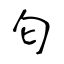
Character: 匂